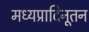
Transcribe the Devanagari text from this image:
मध्यप्रादिनूतन